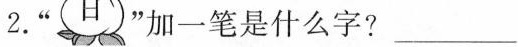
2.”日”加一笔是什么字?___